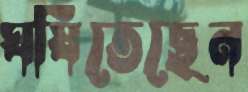
ঘষিতেছেন